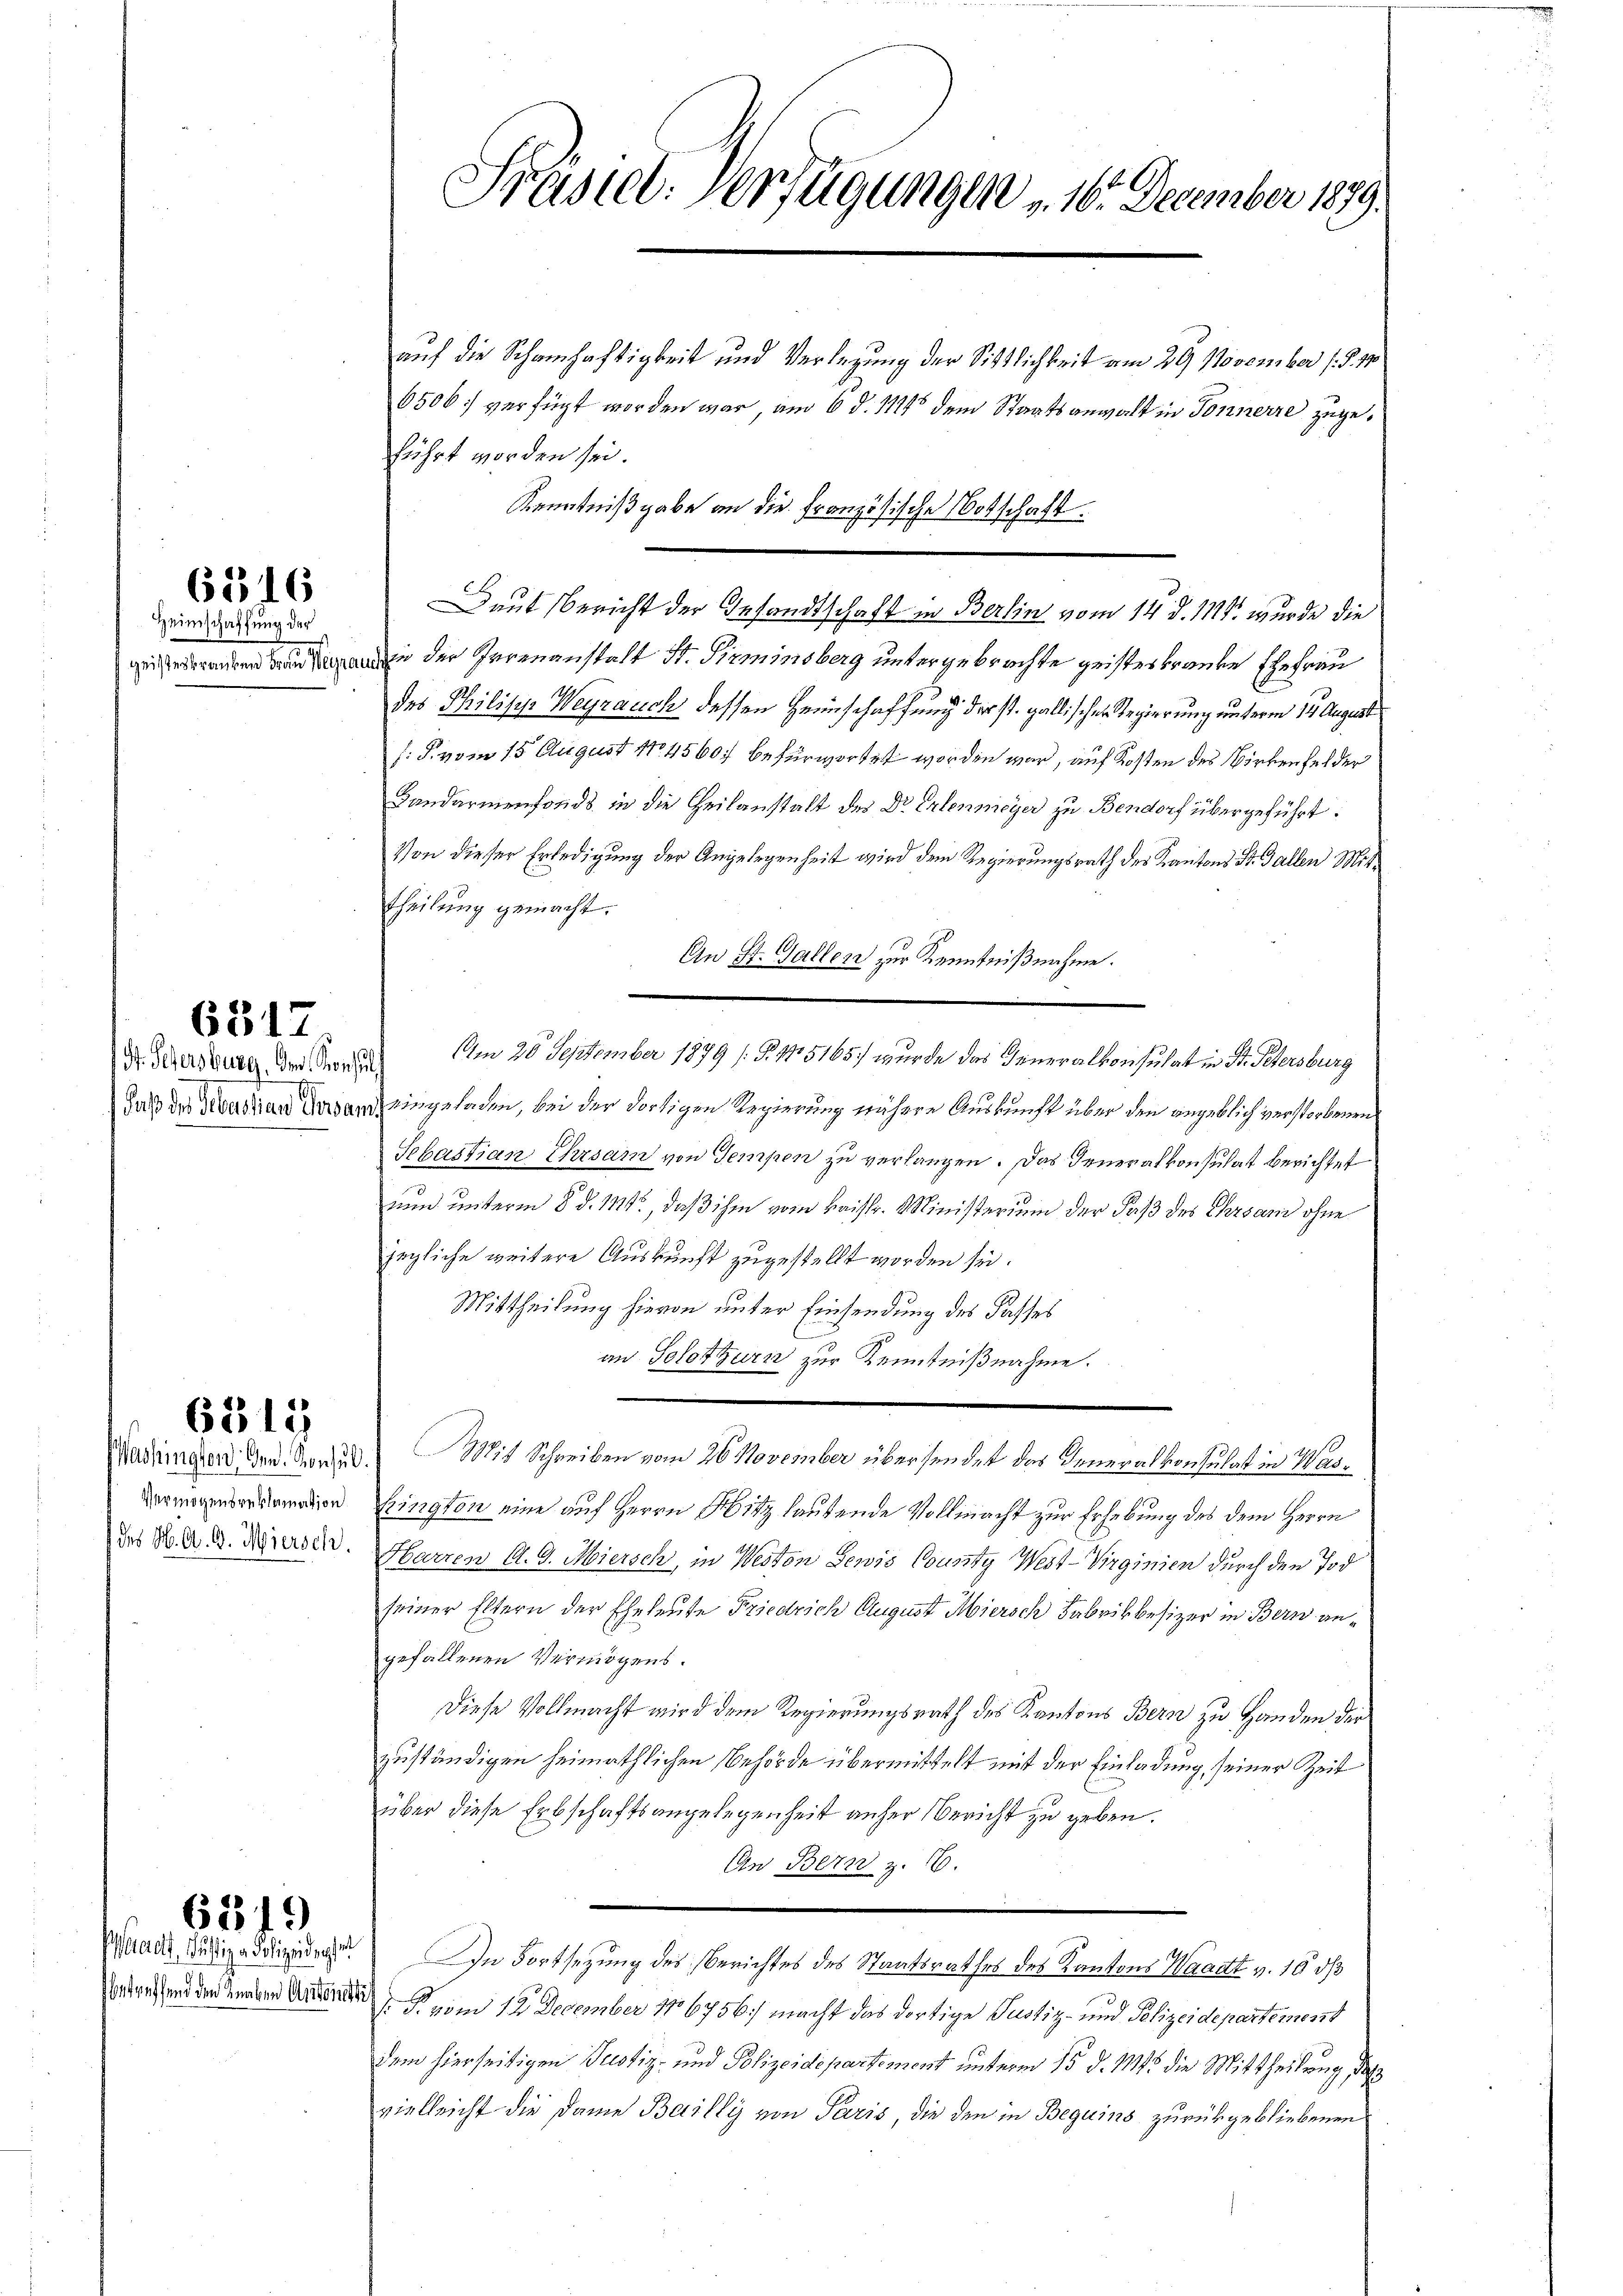
6516

Heimschaffung der

H. Sehersburg. Im Konsu

6312.

6515

Vermögensreklamation.
 des H. A. G. Meiersch.

act, Justig - Polizeidersel
betreffend den Knaben Antoints

6319

Präsiel: Verfügungen u. 16. December 1879.

auf die Schamhaftigkeit und Verlegung der Sittlichkeit am 29. November (§. 17
6506; verfügt worden war, am 6. d. 1145 dem Staatsanwalt in Fornerze zugeführt worden sei.
Kenntnißgabe an die Französische Notschaft.
Daut Bericht der Gesandtschaft in Berlin vom 14. d. 111. wurde die
 der Genanstalt St. Pirminsberg untergebrachte geisteskranke Ehefrau
des Philische Wegrauch dessen Heimschaffung der st. gallischer Regierung unterm 14. August
f: P. vom 15. August 104560. befürwortet worden war, auf Kosten des Birkenfelder
Landarmenfonds in die Theilanstalt des Dr Erlenmeyer zu Bendorf übergeführt:
Von dieser Erledigung der Angelegenheit wird dem Regierungsrath des Kantons St. Gallen Mittheilung gemacht.
An St. Gallen zur Kenntnißnahme.
Am 20. September 1879 [P. No 5165) wurde das Generalkonsulat in Dr. Petersburg
f
daß der Sonstand dersend eingeladen, bei der dortigen Regierung nähere Auskunft über den angeblich verstorbenen
Sebastian Ehrsam von Tempen zu verlangen. Das Generalkonsulat berichtet
uund unterm 8. d. M., daß ihm vom kaistr. Ministerium der Faß des Ehrsam ohne
jegliche weitere Auskunft zugestellt worden sei.
Mittheilung hievon unter Einsendung des Fasses
an Solothurn zur Kenntnißnahme.
Madringter der Genus. Mit Schreiben vom 26 November übersendet das Generalkonsulat in Was¬
Erington eine auf Herrn Abitz lautende Vollmacht zur Erhebung des dem Herrn
Fbarren A. G. Meiersch, in Neston Gewis County West-Virginien durch den Tod
seiner Eltern der Eheleute Friedrich August Miersch Fabrikbesizer in Bern angefallenen Vermögens.
Diese Vollmacht wird dem Regierungsrath des Kantons Bern zu Handen der
zuständigen heimathlichen Behörde übermittelt mit der Einladung, seiner Zeit
über diese Erbschaftsangelegenheit anher Bericht zu geben.
An Bern z. 16.
In Fortsetzung des Berichtes des Staatsrathes des Kantons Waadt v. 10 dß
B. vom 12. December 186756) macht das dortige Justiz- und Polizeidepartement
dem hierseitigen Justiz- und Polizeidepartement unterm 15. d. Mts. die Mittheilung, das
vielleicht die Dame Bailly von Paris, die den in Beguins zurückgebliebenen